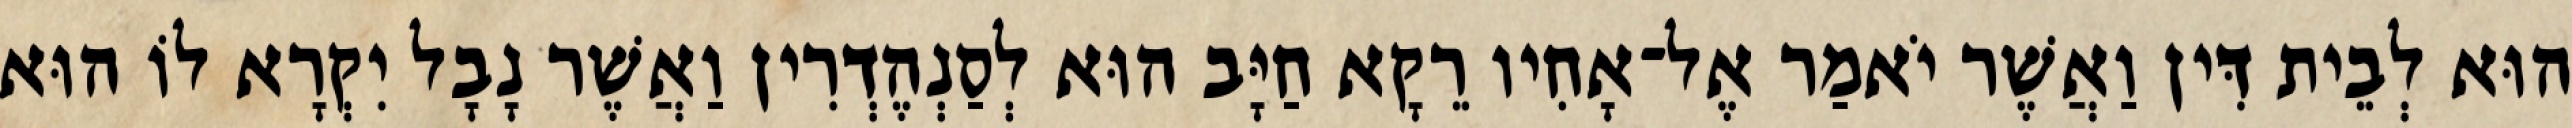
הוּא לְבֵית דִּין וַאֲשֶׁר יֹאמַר אֶל־אָחִיו רֵקָא חַיָּב הוּא לְסַנְהֶדְרִין וַאֲשֶׁר נָבָל יִקְרָא לוֹ הוּא